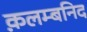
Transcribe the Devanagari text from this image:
क़लम्बनिद